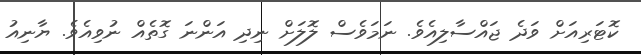
ކޮޓަރިއަށް ވަދެ ޖައްސާލިއެވެ. ނަމަވެސް ލޮލަށް ނިދި އަންނަ ގޮތެއް ނުވިއެވެ. ޔާނިއު